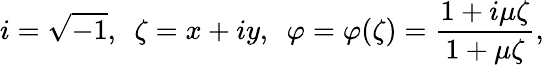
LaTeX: i=\sqrt{-1},\ \ \zeta=x+iy,\ \ \varphi=\varphi(\zeta)=\frac{1+i\mu\zeta}{1+\mu\zeta},